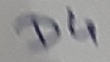
Text: D4